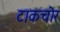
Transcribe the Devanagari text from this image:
टाकचोर